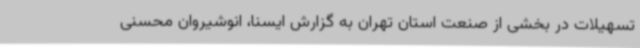
تسهیلات در بخشی از صنعت استان تهران به گزارش ایسنا، انوشیروان محسنی